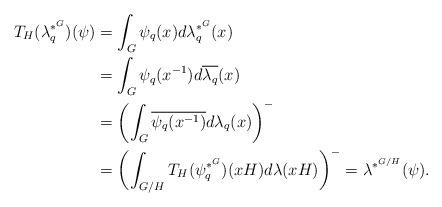
LaTeX: \begin{align*}T_H(\lambda_q^{*^G})(\psi)&=\int_G\psi_q(x)d\lambda_q^{*^G}(x)\\&=\int_G\psi_q(x^{-1})d\overline{\lambda_q}(x)\\&=\left(\int_G\overline{\psi_q(x^{-1})}d\lambda_q(x)\right)^{-}\\&=\left(\int_{G/H}T_H(\psi_q^{*^G})(xH)d\lambda(xH)\right)^{-}=\lambda^{\ast^{G/H}}(\psi).\end{align*}